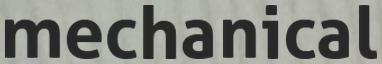
mechanical